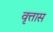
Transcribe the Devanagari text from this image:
वृत्तास